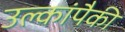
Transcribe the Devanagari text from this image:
उल्कांपैकी